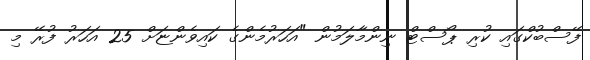
ފޭސްބުކްގައި ކުރި ޕޯސްޓް ނިންމާލަމުން "އަހަރުމެންގެ ކައިވެންޏަށް 25 އަހަރު ފުރޭ މި